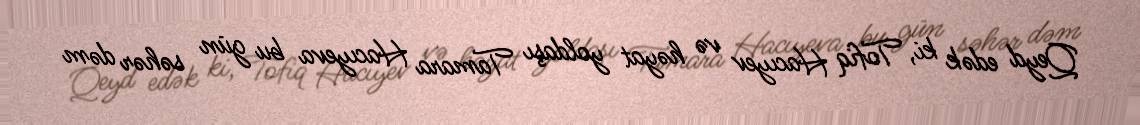
Qeyd edək ki, Tofiq Hacıyev və həyat yoldaşı Tamara Hacıyeva bu gün səhər dəm